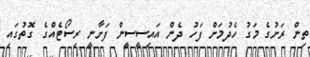
ތިން ރަށުގެ މަގު ހެދުމަށް ފަހު ދެން އައިސީސީން ފަށާނީ ރިސޯޓެއްގެ ގޮތުގައި